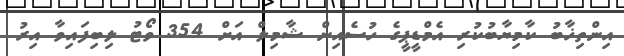
އިންތިޚާބު ކާމިޔާބުކުރި އެމްޑީޕީގެ ހުސެއިން ޝާމިލް އަށް 354 ވޯޓު ލިބިފައިވާ އިރު